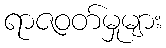
ရာဇဝတ်မှုများ